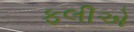
ફલીએ